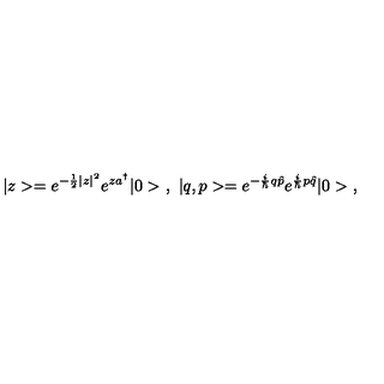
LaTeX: | z > = e ^ { - \frac { 1 } { 2 } | z | ^ { 2 } } e ^ { z a ^ { \dagger } } | 0 > \ , \ | q , p > = e ^ { - \frac { i } { \hbar } q \hat { p } } e ^ { \frac { i } { \hbar } p \hat { q } } | 0 > \ ,